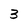
Character: 3